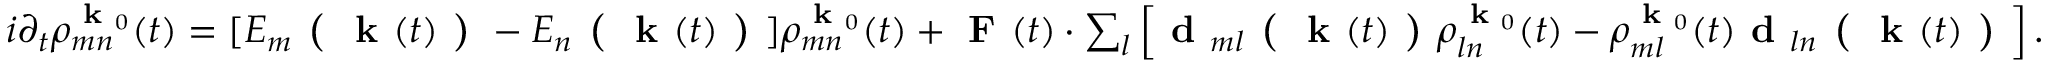
\begin{array} { r } { i \partial _ { t } \rho _ { m n } ^ { \textbf { k } _ { 0 } } ( t ) = [ E _ { m } \textbf { ( } \textbf { k } ( t ) \textbf { ) } - E _ { n } \textbf { ( } \textbf { k } ( t ) \textbf { ) } ] \rho _ { m n } ^ { \textbf { k } _ { 0 } } ( t ) + \textbf { F } ( t ) \cdot \sum _ { l } \left[ \textbf { d } _ { m l } \textbf { ( } \textbf { k } ( t ) \textbf { ) } \rho _ { l n } ^ { \textbf { k } _ { 0 } } ( t ) - \rho _ { m l } ^ { \textbf { k } _ { 0 } } ( t ) \textbf { d } _ { l n } \textbf { ( } \textbf { k } ( t ) \textbf { ) } \right] . } \end{array}